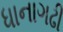
ધાનાગઢી